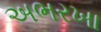
અભરખા